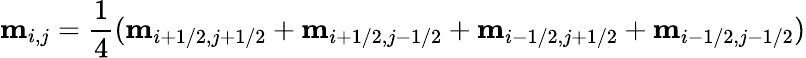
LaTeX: \mathbf{m}_{i,j}=\frac{1}{4}(\mathbf{m}_{i+1/2,j+1/2}+\mathbf{m}_{i+1/2,j-1/2}+\mathbf{m}_{i-1/2,j+1/2}+\mathbf{m}_{i-1/2,j-1/2})